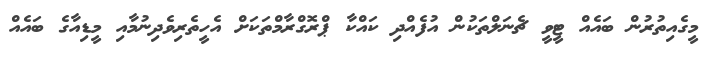
މީގެއިތުރުން ބައެއް ޓީވީ ޗެނަލްތަކުން އުފެއްދި ކައްކާ ޕްރޮގްރާމްތަކަަށް އެހީތެރިވެދިނުމާއި މީޑިއާގެ ބައެއް